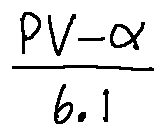
\frac { P V - \alpha } { 6 . 1 }